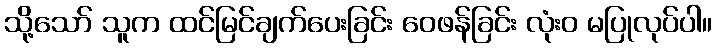
သို့သော် သူက ထင်မြင်ချက်ပေးခြင်း ဝေဖန်ခြင်း လုံးဝ မပြုလုပ်ပါ။